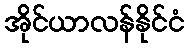
အိုင်ယာလန်နိုင်ငံ